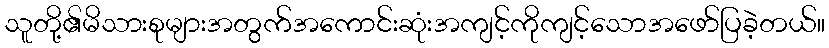
သူတို့၏မိသားစုများအတွက်အကောင်းဆုံးအကျင့်ကိုကျင့်သောအဖော်ပြခဲ့တယ်။